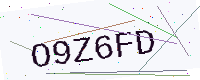
Text: O9Z6FD